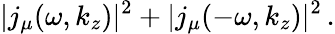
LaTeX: |j_{\mu}(\omega,k_{z})|^{2}+|j_{\mu}(-\omega,k_{z})|^{2}\, .